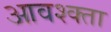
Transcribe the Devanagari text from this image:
आवश्क्ता